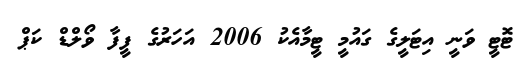
ޓޮޓީ ވަނީ އިޓަލީގެ ގައުމީ ޓީމާއެކު 2006 އަހަރުގެ ފީފާ ވޯލްޑް ކަޕް